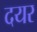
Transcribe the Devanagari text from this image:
दयर